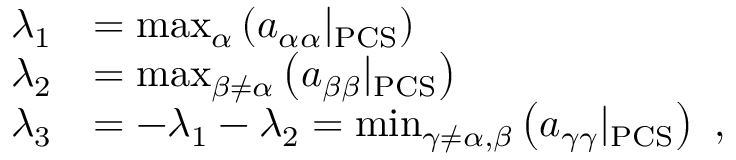
\begin{array} { r l } { \lambda _ { 1 } } & { = \operatorname* { m a x } _ { \alpha } \left( a _ { \alpha \alpha } | _ { \mathrm { P C S } } \right) } \\ { \lambda _ { 2 } } & { = \operatorname* { m a x } _ { \beta \neq \alpha } \left( a _ { \beta \beta } | _ { \mathrm { P C S } } \right) } \\ { \lambda _ { 3 } } & { = - \lambda _ { 1 } - \lambda _ { 2 } = \operatorname* { m i n } _ { \gamma \neq \alpha , \beta } \left( a _ { \gamma \gamma } | _ { \mathrm { P C S } } \right) \ \mathrm { , } } \end{array}